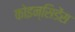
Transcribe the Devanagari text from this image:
कोइन्सिडेंस